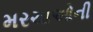
મરચાઓની